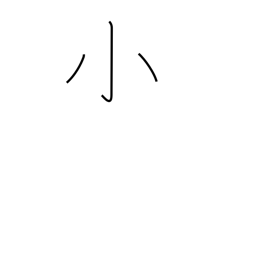
Meaning: little